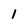
Character: 1